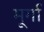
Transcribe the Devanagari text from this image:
मूर्गा